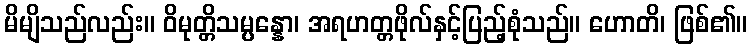
မိမျိသည်လည်း။ ဝိမုတ္တိသမ္ပန္နော၊ အရဟတ္တဖိုလ်နှင့်ပြည့်စုံသည်။ ဟောတိ၊ ဖြစ်၏။